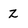
Character: Z